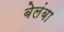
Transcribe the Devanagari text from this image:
बेलंबा